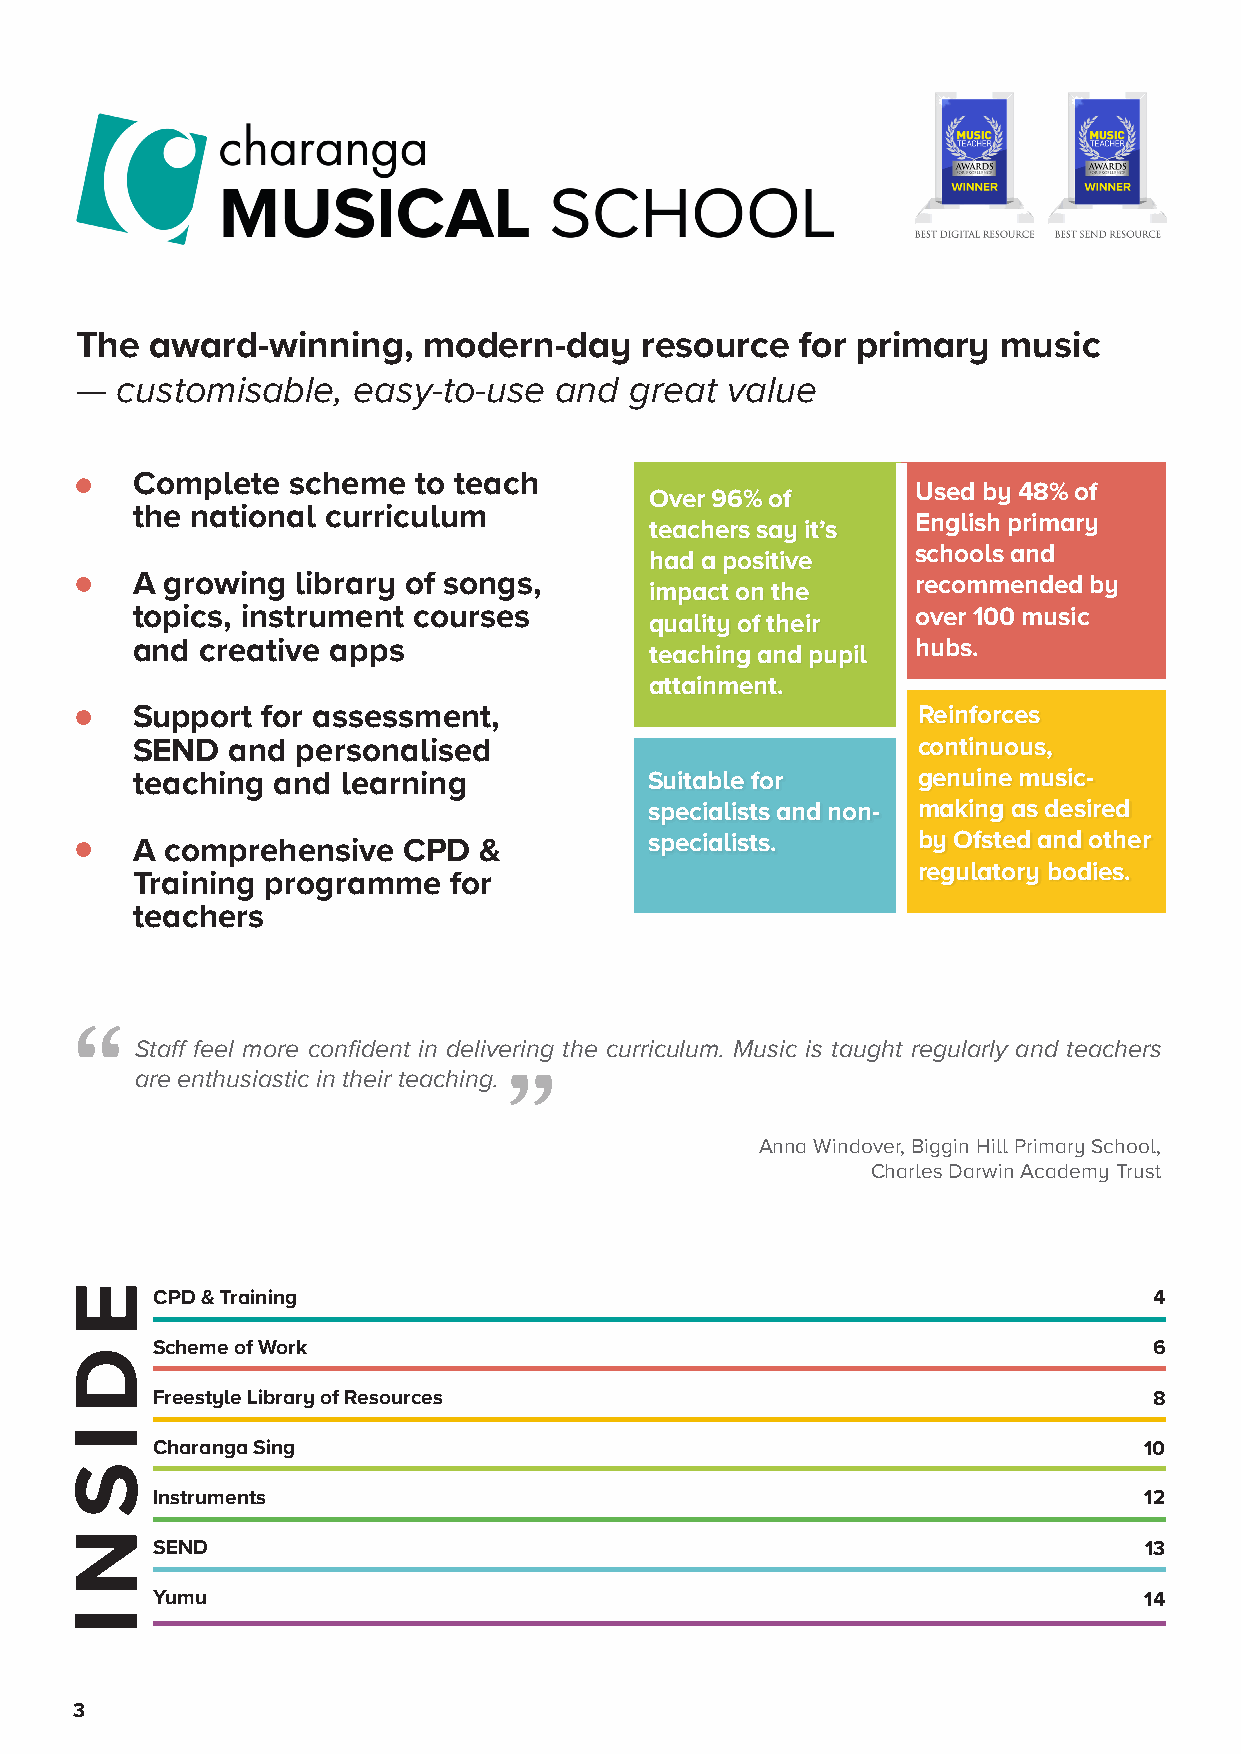
The  award-winning,    modern-day    resource   for primary  music
 —  customisable,  easy-to-use   and  great value
 Complete  scheme  to teach
 Used by 48% of
 Over 96% of
 the national curriculum
 English primary
 teachers say it’s
 schools and
 had a positive
 A growing  library of songs,                        recommended by
 impact on the
 topics, instrument courses                          over 100 music
 quality of their
 and creative apps                                   hubs.
 teaching and pupil
 attainment.
 Support for assessment,                             Reinforces
 SEND  and  personalised                             continuous,
 teaching and  learning            Suitable for      genuine music-
 specialists and non- making as desired
 A comprehensive   CPD  &          specialists.      by Ofsted and other
 regulatory bodies.
 Training programme   for
 teachers
 Staff feel more confident in delivering the curriculum. Music is taught regularly and teachers
 are enthusiastic in their teaching.
 Anna Windover, Biggin Hill Primary School,
 Charles Darwin Academy Trust
 CPD & Training                                                    4
 Scheme of Work                                                    6
 Freestyle Library of Resources                                    8
 Charanga Sing                                                     10
 Instruments                                                       12
 SEND                                                              13
 Yumu                                                              14
 3
 E
 D
 I
 S
 N
 I